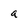
Character: a